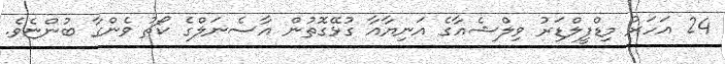
24 އަހަރު މިޑްފީލްޑަރު ވިލްޝެއާގެ އަނިޔާއާ ގުޅޭގޮތުން އާސެނަލްގެ ކޯޗު ވެންގާ ބުންޏެވެ.